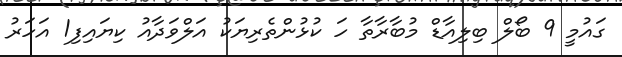
ގައުމީ 9 ބޯލް ބިލިއާޑް މުބާރާތާ ހަ ކުޅުންތެރިޔަކު އަލްވަދާއު ކިޔައިފި1 އަހަރު